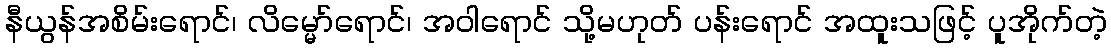
နီယွန်အစိမ်းရောင်၊ လိမ္မော်ရောင်၊ အဝါရောင် သို့မဟုတ် ပန်းရောင် အထူးသဖြင့် ပူအိုက်တဲ့